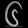
Digit: ၆